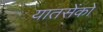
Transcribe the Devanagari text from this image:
यातसेंको